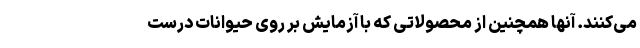
می‌کنند. آنها همچنین از محصولاتی که با آزمایش بر روی حیوانات درست